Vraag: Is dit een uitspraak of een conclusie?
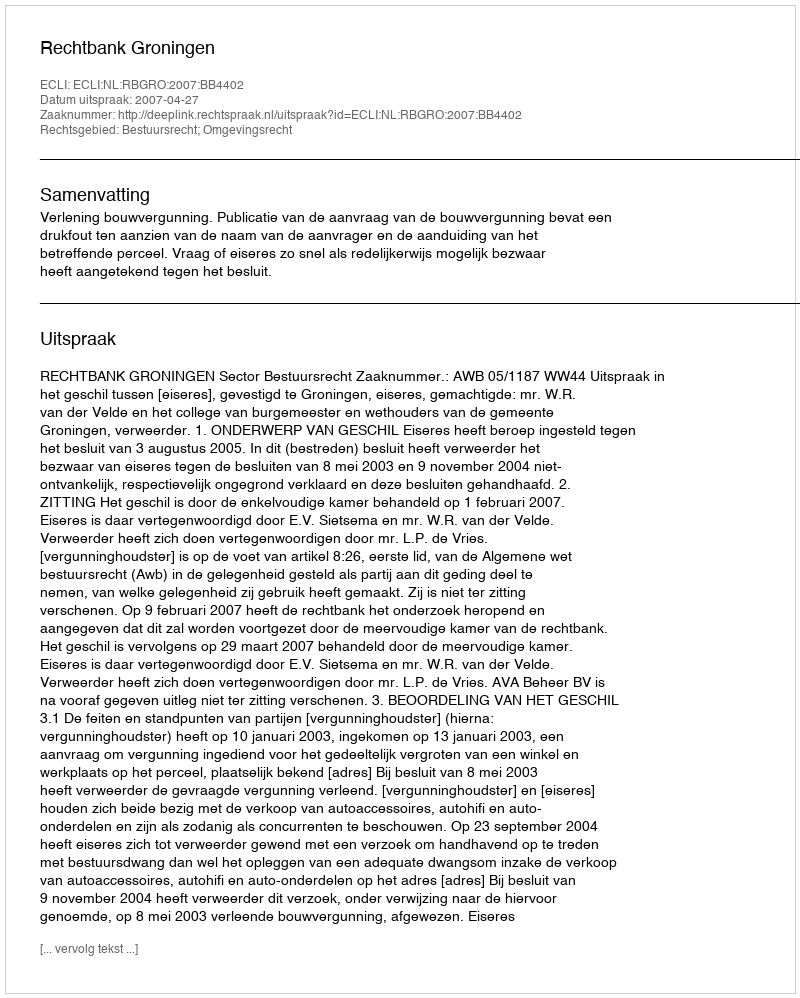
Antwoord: Uitspraak